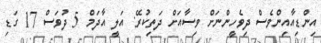
އިންޑިއާއިންވެސް ދިވެހީންނަށް ވިސާއަށް ދަތިކުރޭ: އަލީ އާދަމް 5 ދުވަސް 17 ގަޑި